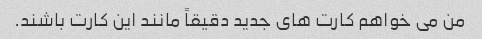
من می خواهم کارت های جدید دقیقاً مانند این کارت باشند.